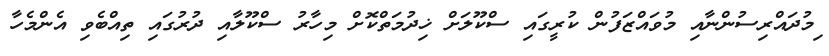
ިމުދައްރިސުންނާއި މުވައްޒަފުން ކުރީގައި ސްކޫލަށް ޚިދުމަތްކޮށް މިހާރު ސްކޫލާއި ދުރުގައި ތިއްބެވި އެންމެހާ